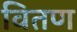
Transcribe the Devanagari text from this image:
वितण